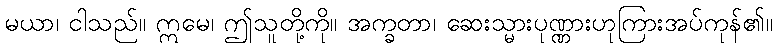
မယာ၊ ငါသည်။ ဣမေ၊ ဤသူတို့ကို။ အက္ခတာ၊ ဆေးသ္မားပုဏ္ဏားဟုကြားအပ်ကုန်၏။